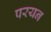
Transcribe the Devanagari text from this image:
परयन